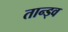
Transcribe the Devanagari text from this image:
तान्ड्व